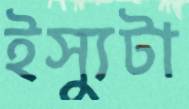
ইস্যুটা